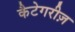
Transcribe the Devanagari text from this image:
कैटेगरीज़